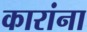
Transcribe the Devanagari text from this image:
कारांना